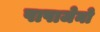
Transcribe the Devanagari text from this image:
पापाजेनो